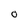
Character: O